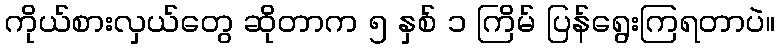
ကိုယ်စားလှယ်တွေ ဆိုတာက ၅ နှစ် ၁ ကြိမ် ပြန်ရွေးကြရတာပဲ။